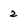
Character: 2